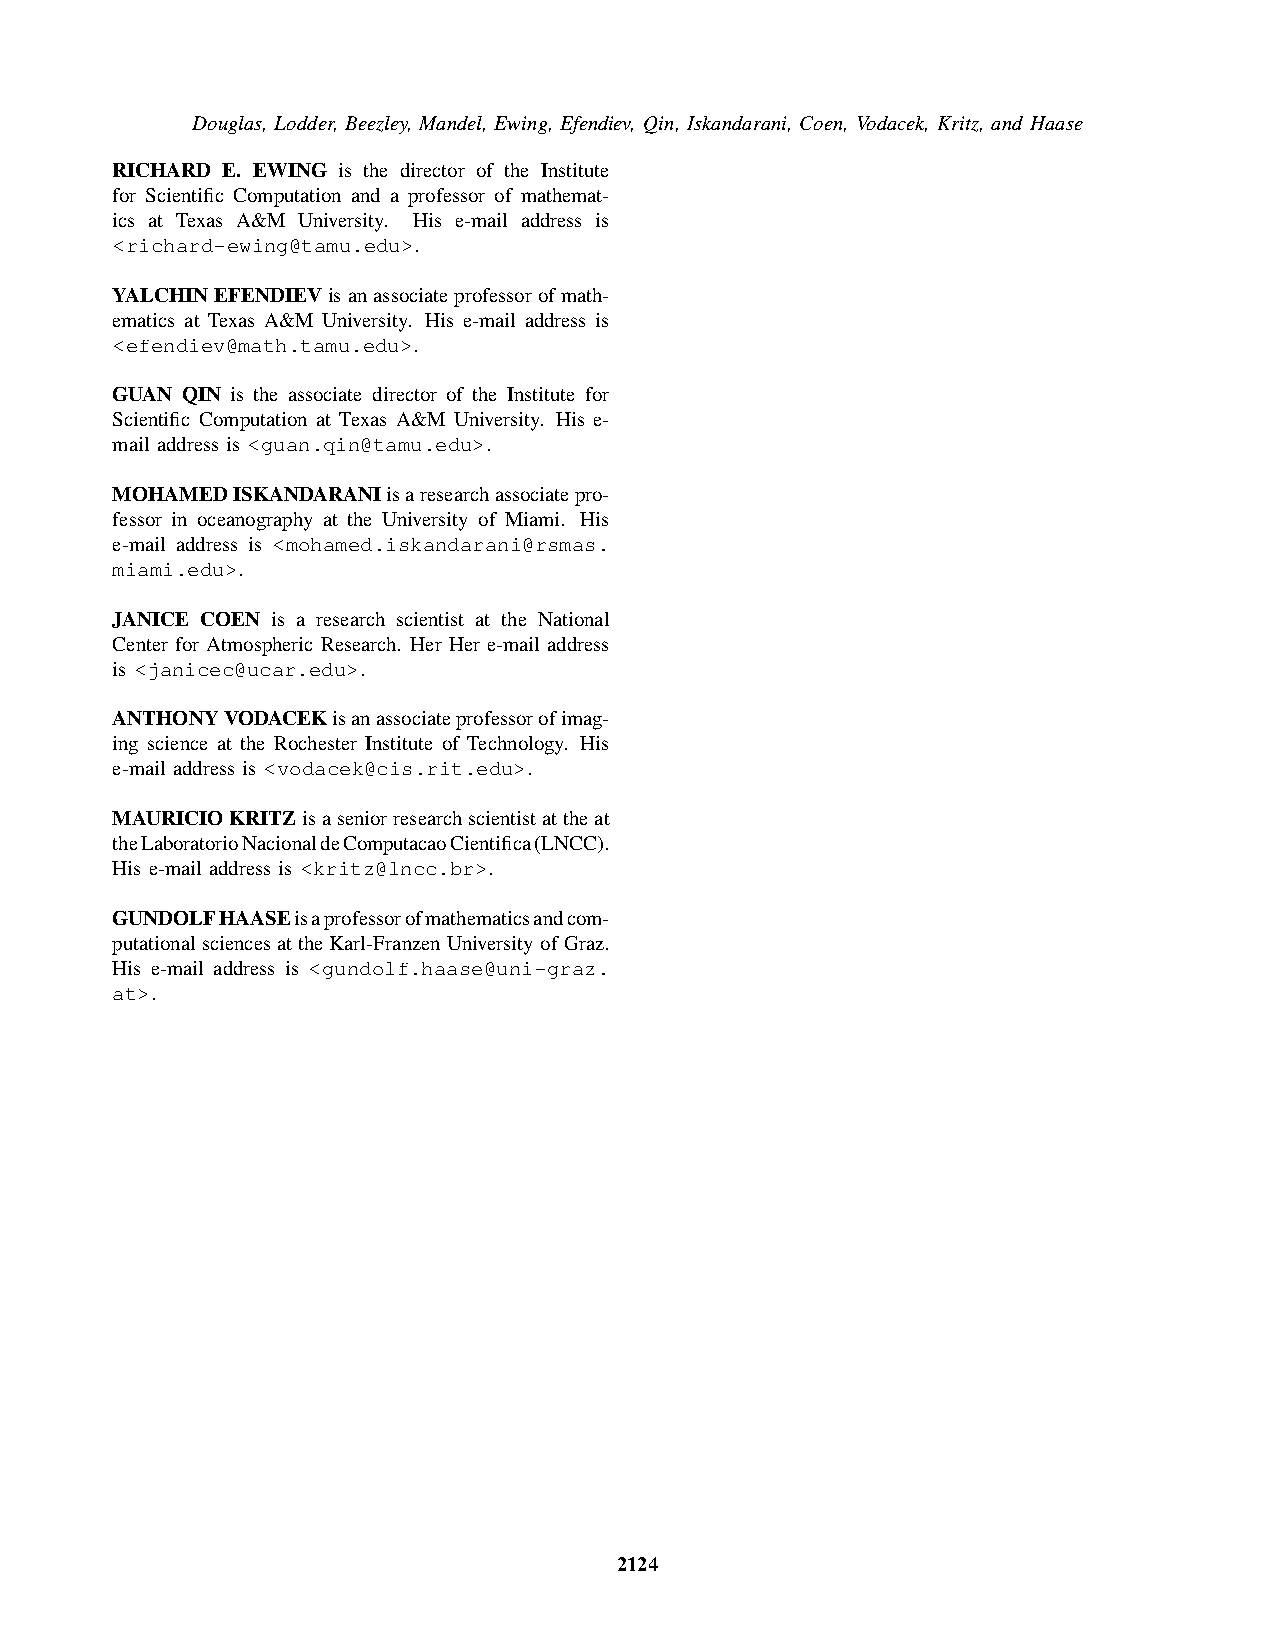
Douglas, Lodder, Beezley, Mandel, Ewing, Efendiev, Qin, Iskandarani, Coen, Vodacek, Kritz, and Haase
 RICHARD E. EWING is the director of the Institute
 for Scientific Computation and a professor of mathemat-
 ics at Texas A&M University. His e-mail address is
 <richard-ewing@tamu.edu>.
 YALCHINEFENDIEVisanassociateprofessorofmath-
 ematics at Texas A&M University. His e-mail address is
 <efendiev@math.tamu.edu>.
 GUAN QIN is the associate director of the Institute for
 Scientific Computation at Texas A&M University. His e-
 mail address is <guan.qin@tamu.edu>.
 MOHAMEDISKANDARANIisaresearchassociatepro-
 fessor in oceanography at the University of Miami. His
 e-mail address is <mohamed.iskandarani@rsmas.
 miami.edu>.
 JANICE COEN is a research scientist at the National
 Center for Atmospheric Research. Her Her e-mail address
 is <janicec@ucar.edu>.
 ANTHONYVODACEKisanassociateprofessorofimag-
 ing science at the Rochester Institute of Technology. His
 e-mail address is <vodacek@cis.rit.edu>.
 MAURICIOKRITZisaseniorresearchscientistattheat
 theLaboratorioNacionaldeComputacaoCientifica(LNCC).
 His e-mail address is <kritz@lncc.br>.
 GUNDOLFHAASEisaprofessorofmathematicsandcom-
 putational sciences at the Karl-Franzen University of Graz.
 His e-mail address is <gundolf.haase@uni-graz.
 at>.
 2124